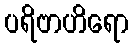
ပရိဗာဟိရော